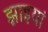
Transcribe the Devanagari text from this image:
झाइयां